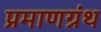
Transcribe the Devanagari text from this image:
प्रमाणग्रंथ